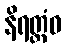
နိရတ္ထံဝ